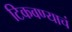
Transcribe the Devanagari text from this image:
टिकवण्याचं